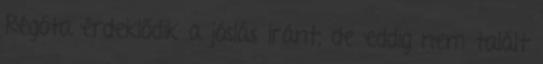
Régóta érdeklődik a jóslás iránt, de eddig nem talált